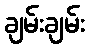
ချမ်းချမ်း